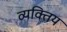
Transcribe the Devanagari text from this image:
व्यक्तिय